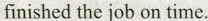
finished the job on time.